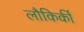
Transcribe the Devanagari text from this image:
लौकिकीं